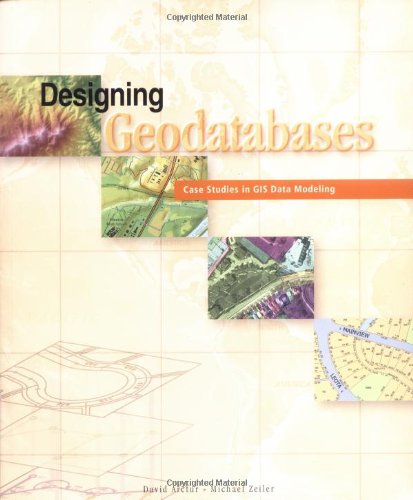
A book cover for Designing Geodatabases: Case Studies in GIS Data Modeling; David Arctur; Computers & Technology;